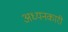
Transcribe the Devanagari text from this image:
अध्यनकारी